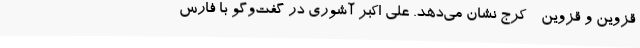
قزوین و قزوین - کرج نشان می‌دهد. علی اکبر آشوری در گفت‌وگو با فارس